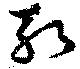
斬